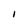
Character: i